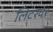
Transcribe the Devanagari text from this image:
लिटरवर